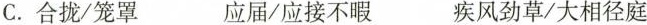
C.合拢/笼罩 应 届 /应接不暇 疾风劲草/大相径庭